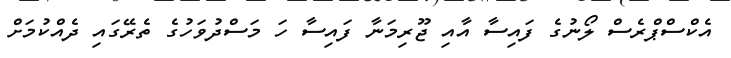
އެކްސްޕްރެސް ލޯނުގެ ފައިސާ އާއި ޖޫރިމަނާ ފައިސާ ހަ މަސްދުވަހުގެ ތެރޭގައި ދެއްކުމަށް